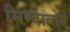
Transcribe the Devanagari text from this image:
सिम्बाबोए